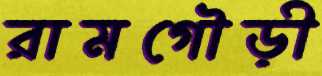
রামগৌড়ী